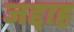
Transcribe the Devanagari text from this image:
जद्दाह